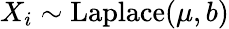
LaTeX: X_{i}\sim{\textrm{Laplace}}(\mu,b)